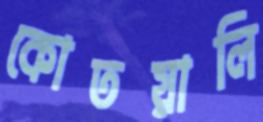
কোতয়ালি